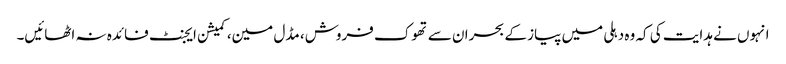
انہوں نے ہدایت کی کہ وہ دہلی میں پیاز کے بحران سے تھوک فروش، مڈل مین، کمیشن ایجنٹ فائدہ نہ اٹھائیں۔